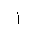
Letter: _alif